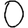
Digit: 0